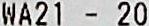
WA21 -20